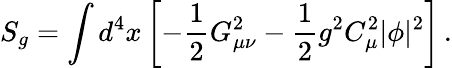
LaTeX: S_{g}=\int d^{4}x\left[-\frac{1}{2}G_{\mu\nu}^{2}-\frac{1}{2}g^{2}C_{\mu}^{2}|\phi|^{2}\right]\, .